Document type: Grant of rights
Year: 1326
Scribe: Bernat de Vilarúbia
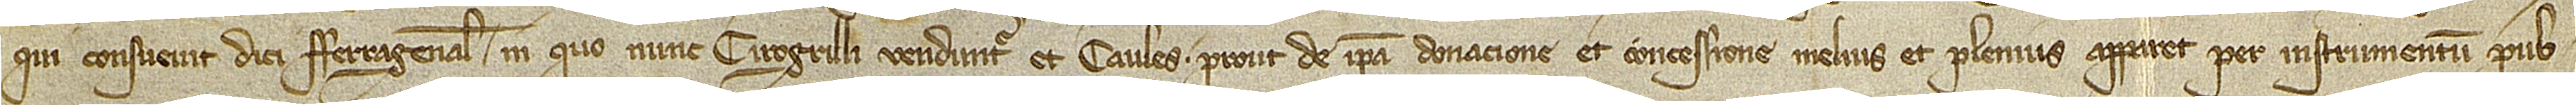
qui consuevit dici Ferragenale, in quo nunc cirogrilli venduntur, et Caules, prout de ipsa donacione et concessione melius et plenius apparet per instrumentum pub-